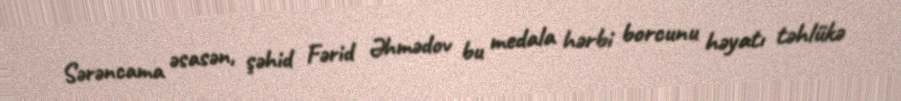
Sərəncama əsasən, şəhid Fərid Əhmədov bu medala hərbi borcunu həyatı təhlükə